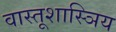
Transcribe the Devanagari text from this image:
वास्तूशास्ञिय